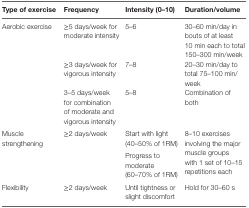
<table><thead><tr><td><b>Type of exercise</b></td><td><b>Frequency</b></td><td><b>Intensity (0–10)</b></td><td><b>Duration/volume</b></td></tr></thead><tbody><tr><td rowspan="3">Aerobic exercise</td><td>≥5 days/week for moderate intensity</td><td>5–6</td><td>30–60 min/day in bouts of at least 10 min each to total 150–300 min/week</td></tr><tr><td>≥3 days/week for vigorous intensity</td><td>7–8</td><td>20–30 min/day to total 75–100 min/week</td></tr><tr><td>3–5 days/week for combination of moderate and vigorous intensity</td><td>5–8</td><td>Combination of both</td></tr><tr><td rowspan="2">Muscle strengthening</td><td rowspan="2">≥2 days/week</td><td>Start with light (40–50% of 1RM)</td><td rowspan="2">8–10 exercises involving the major muscle groups with 1 set of 10–15 repetitions each</td></tr><tr><td>Progress to moderate (60–70% of 1RM)</td></tr><tr><td>Flexibility</td><td>≥2 days/week</td><td>Until tightness or slight discomfort</td><td>Hold for 30–60 s</td></tr></tbody></table>